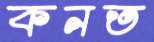
কনত